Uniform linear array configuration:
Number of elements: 48
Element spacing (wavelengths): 1
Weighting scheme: hann
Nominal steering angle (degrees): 60
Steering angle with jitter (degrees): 59.977
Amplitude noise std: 0.05
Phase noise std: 0.05

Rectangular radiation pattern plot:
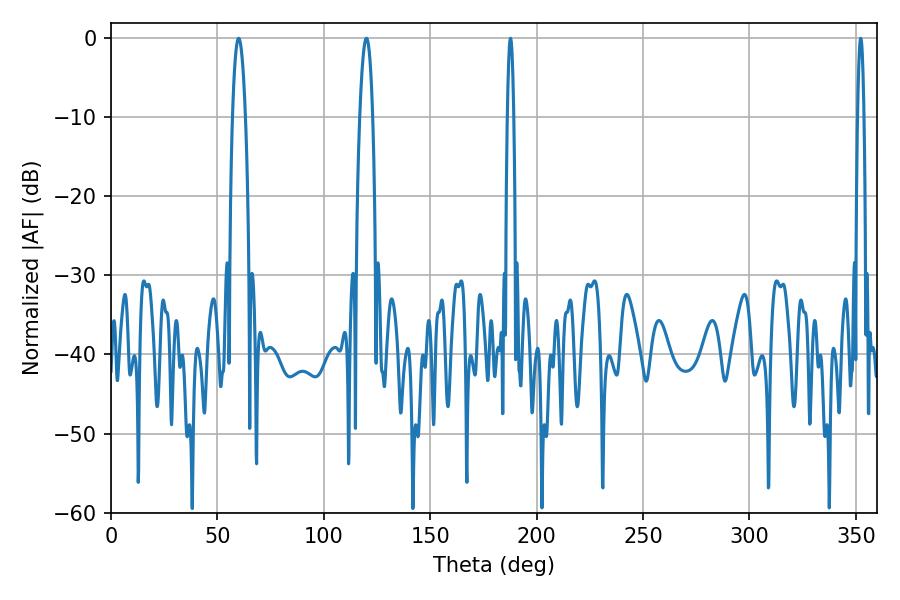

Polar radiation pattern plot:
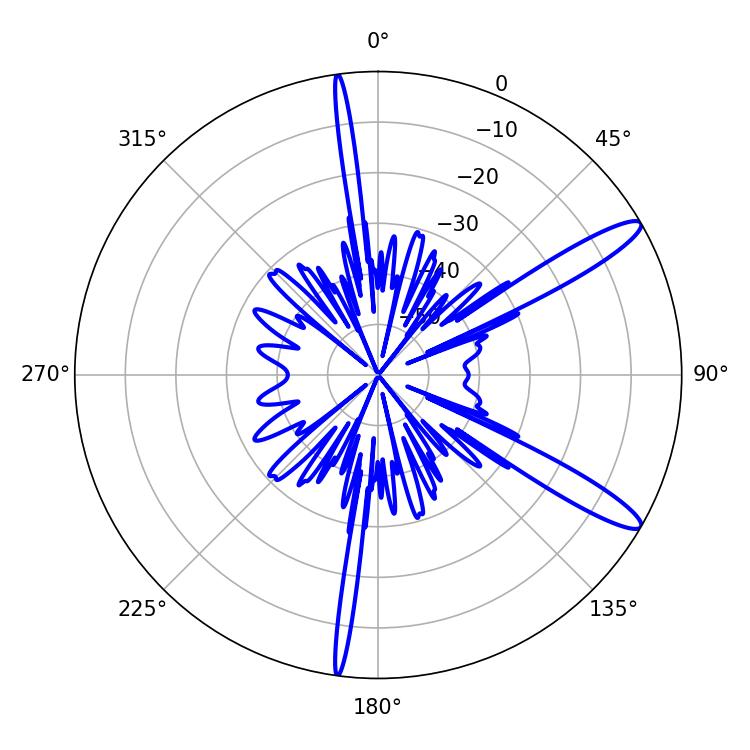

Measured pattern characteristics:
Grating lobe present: TRUE
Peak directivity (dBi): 12.945
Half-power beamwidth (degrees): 3.42
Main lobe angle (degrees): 59.94